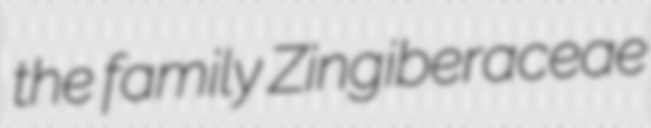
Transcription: the family Zingiberaceae